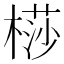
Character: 𣘡